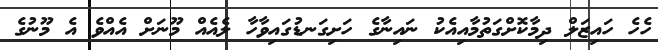
ހެހެ ހައިޒަލް ދިމާކޮށްގަތުމާއިއެކު ނައިނާގެ ހަށިގަނޑުގައިވާހާ ލެއެއް މޫނަށް އެއްވެ އެ މޫނުގެ